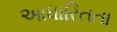
આધારિતતા